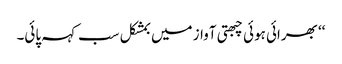
‘‘ بھرائی ہوئی چبھتی آواز میں بمشکل سب کہہ پائی۔